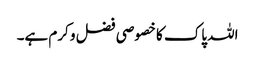
اللہ پاک کا خصوصی فضل و کرم ہے۔